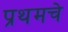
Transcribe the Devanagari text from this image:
प्रथमचे